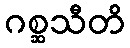
ဂစ္ဆသီတိ